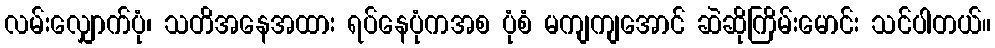
လမ်းလျှောက်ပုံ၊ သတိအနေအထား ရပ်နေပုံကအစ ပုံစံ မကျကျအောင် ဆဲဆိုကြိမ်းမောင်း သင်ပါတယ်။